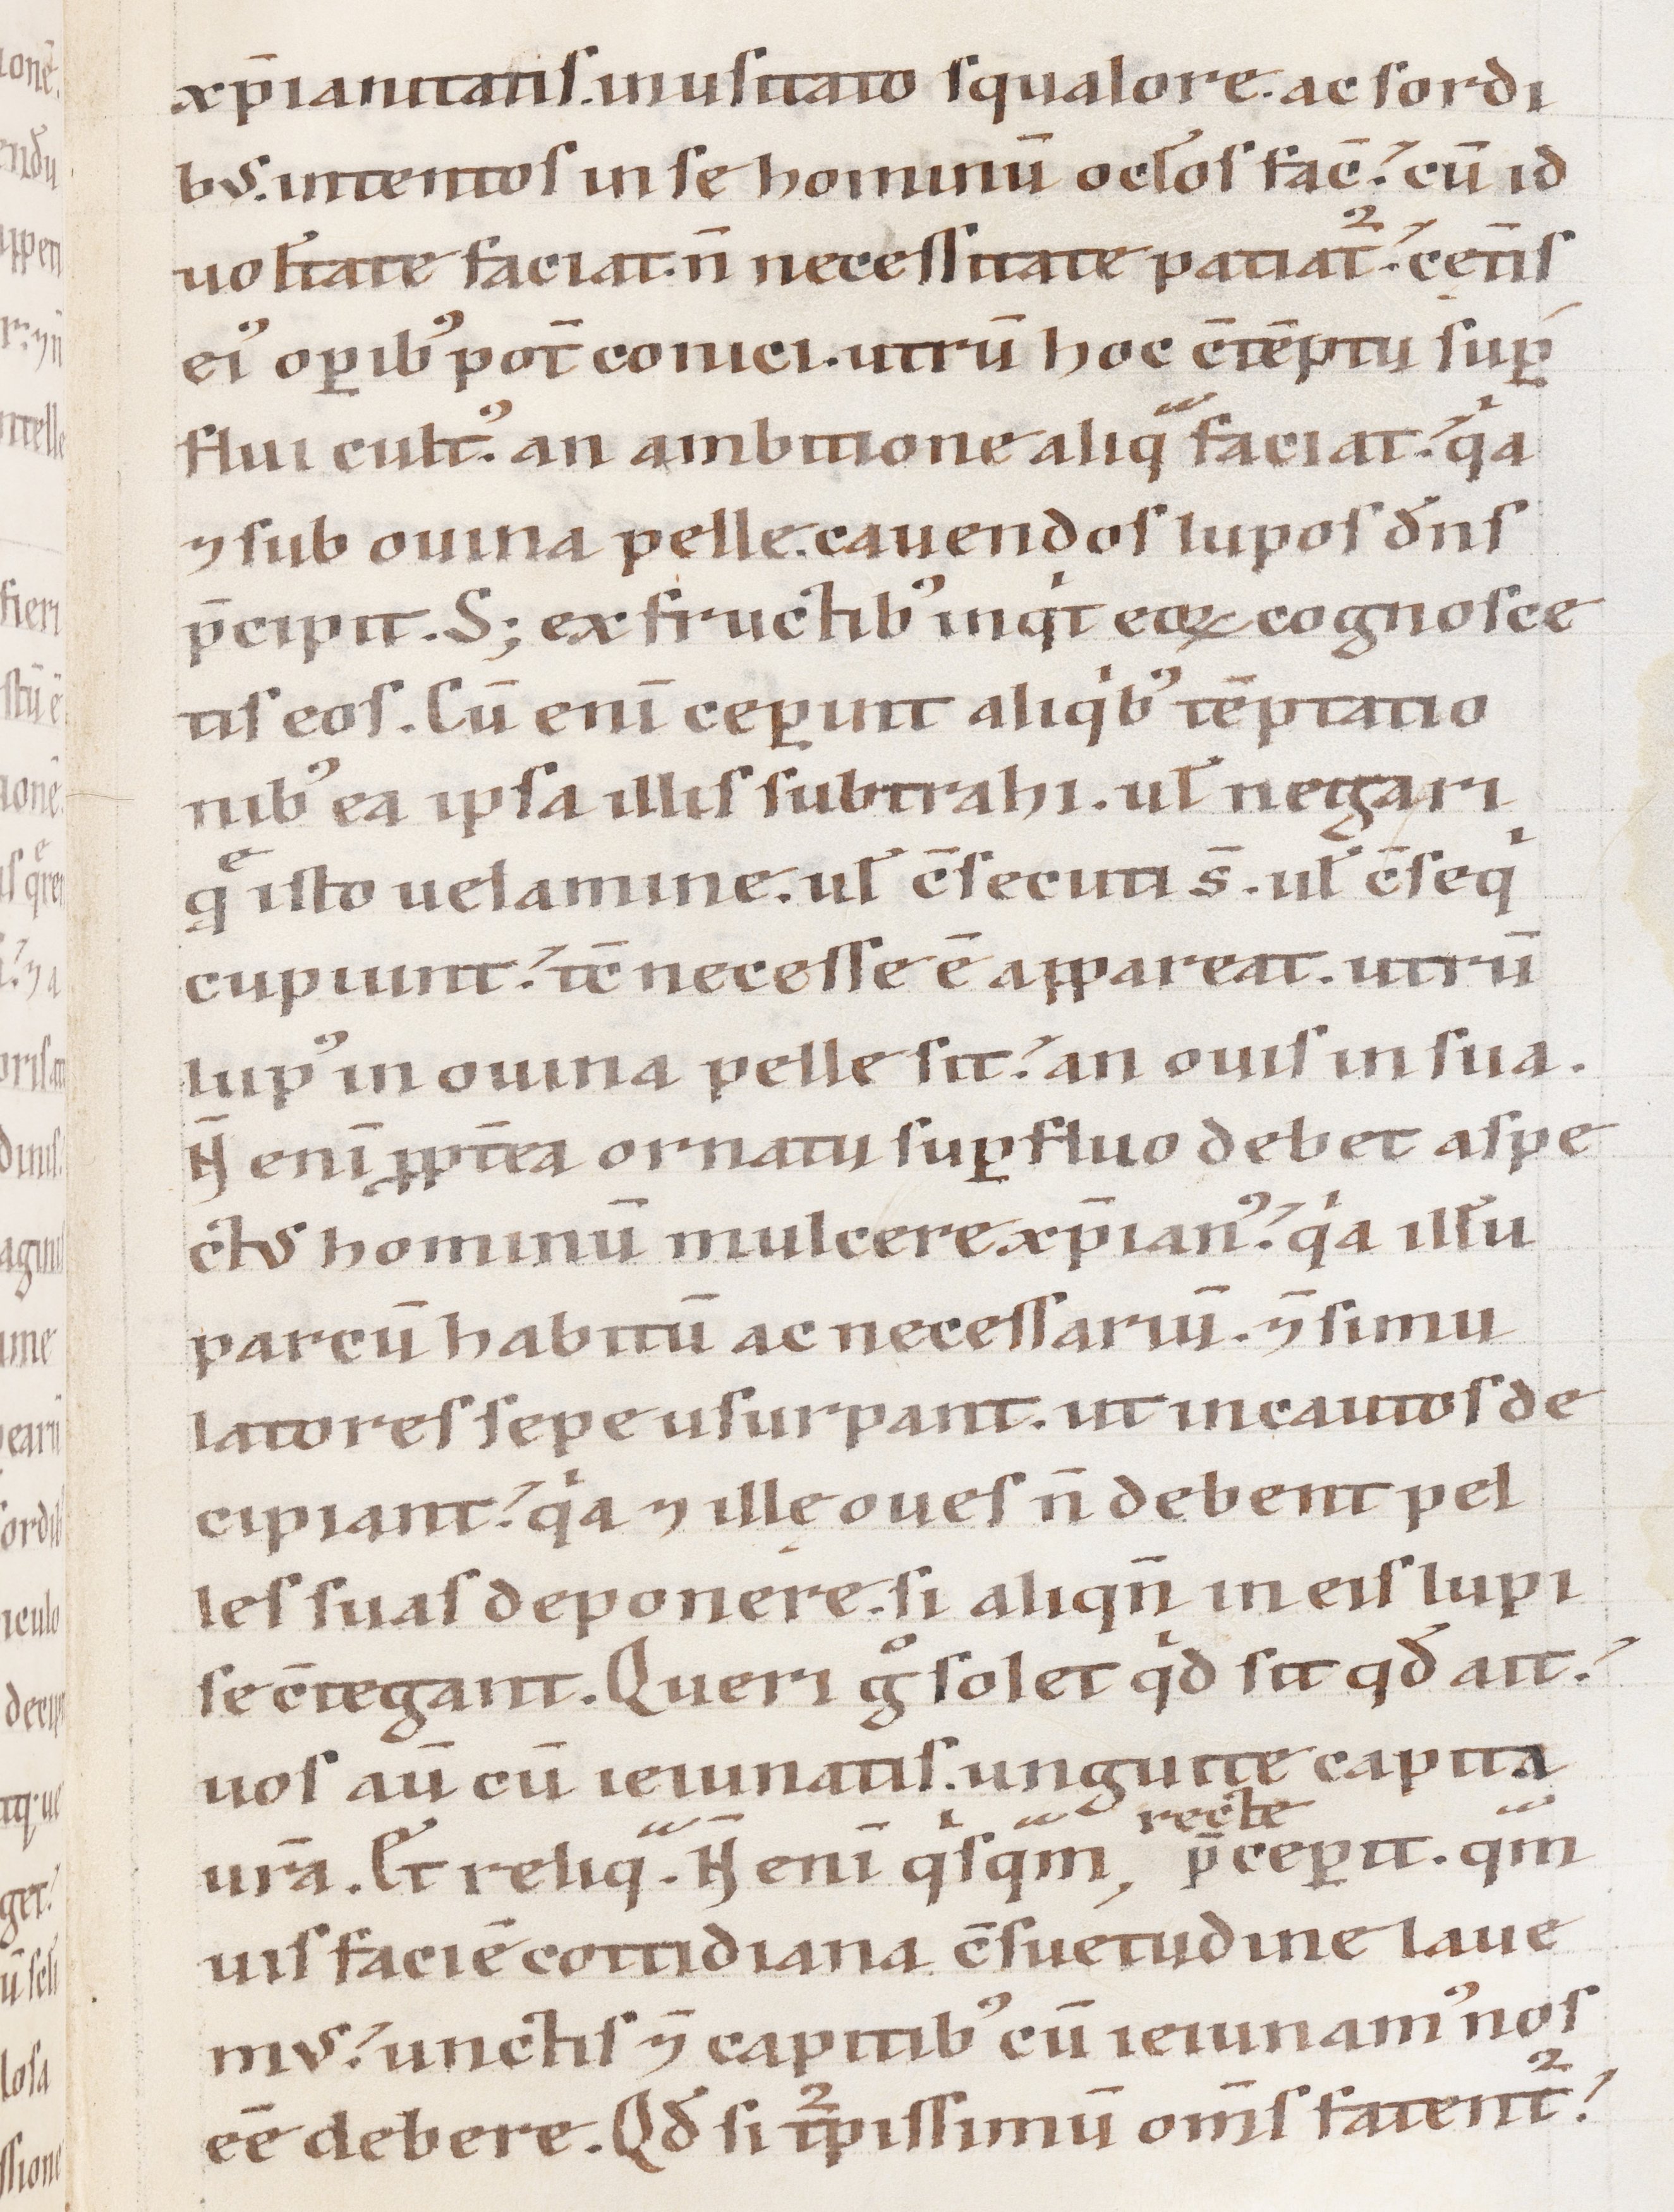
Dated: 1100–1199